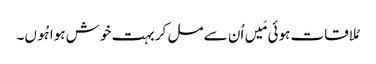
مُلاقات ہوئی مَیں اُن سے مل کر بہت خوش ہوا ہُوں۔